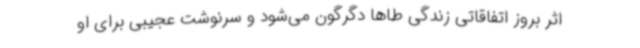
اثر بروز اتفاقاتی زندگی طاها دگرگون می‌شود و سرنوشت عجیبی برای او